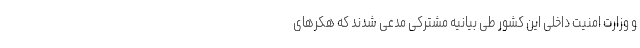
و وزارت امنیت داخلی این کشور طی بیانیه مشترکی مدعی شدند که هکرهای